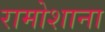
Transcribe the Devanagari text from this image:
रामोशाना